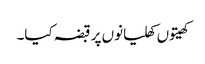
کھیتوں کھلیانوں پر قبضہ کیا۔